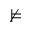
\nvDash